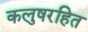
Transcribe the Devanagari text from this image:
कलुषरहित